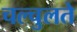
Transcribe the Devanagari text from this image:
चल्चुलते